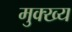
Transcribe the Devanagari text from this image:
मुक्ख्य